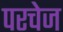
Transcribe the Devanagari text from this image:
परचेज